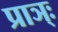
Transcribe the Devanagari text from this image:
प्राञ्ः